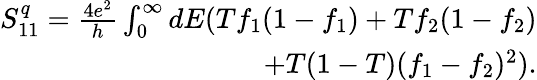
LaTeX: \begin{array}{r}{{S_{11}^{q}=\frac{4e^{2}}{h}\int_{0}^{\infty}dE(Tf_{1}(1-f_{1})+Tf_{2}(1-f_{2})}}\\ {{+T(1-T)(f_{1}-f_{2})^{2})}.}\end{array}